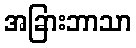
အခြားဘာသာ